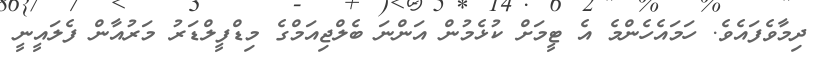
ދިމާވެފައެވެ. ހަމައެހެންމެ އެ ޓީމަށް ކުޅެމުން އަންނަ ބެލްޖިއަމްގެ މިޑްފީލްޑަރު މަރުއާން ފެލައީނީ